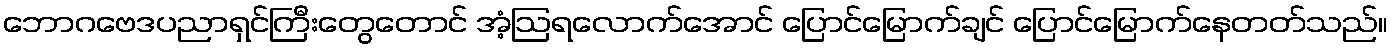
ဘောဂဗေဒပညာရှင်ကြီးတွေတောင် အံ့ဩရလောက်အောင် ပြောင်မြောက်ချင် ပြောင်မြောက်နေတတ်သည်။